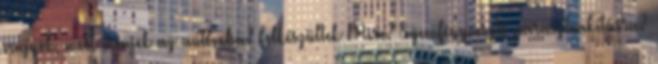
vagyok, most menjek az autómba? Felkészültek Mire? Szemfényvesztő parasztvakításra?